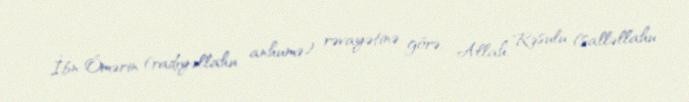
İbn Ömərin (radıyəllahu anhumə) rəvayətinə görə, Allah Rəsulu (salləllahu